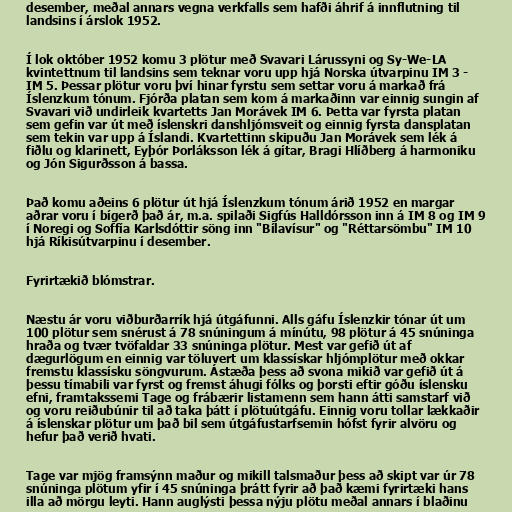
desember, meðal annars vegna verkfalls sem hafði áhrif á innflutning til
landsins í árslok 1952.

Í lok október 1952 komu 3 plötur með Svavari Lárussyni og Sy-We-LA
kvintettnum til landsins sem teknar voru upp hjá Norska útvarpinu IM 3 -
IM 5. Þessar plötur voru því hinar fyrstu sem settar voru á markað frá
Íslenzkum tónum. Fjórða platan sem kom á markaðinn var einnig sungin af
Svavari við undirleik kvartetts Jan Morávek IM 6. Þetta var fyrsta platan
sem gefin var út með íslenskri danshljómsveit og einnig fyrsta dansplatan
sem tekin var upp á Íslandi. Kvartettinn skipuðu Jan Morávek sem lék á
fiðlu og klarinett, Eyþór Þorláksson lék á gítar, Bragi Hlíðberg á harmoniku
og Jón Sigurðsson á bassa.

Það komu aðeins 6 plötur út hjá Íslenzkum tónum árið 1952 en margar
aðrar voru í bígerð það ár, m.a. spilaði Sigfús Halldórsson inn á IM 8 og IM 9
í Noregi og Soffía Karlsdóttir söng inn "Bílavísur" og "Réttarsömbu" IM 10
hjá Ríkisútvarpinu í desember.

Fyrirtækið blómstrar.

Næstu ár voru viðburðarrík hjá útgáfunni. Alls gáfu Íslenzkir tónar út um
100 plötur sem snérust á 78 snúningum á mínútu, 98 plötur á 45 snúninga
hraða og tvær tvöfaldar 33 snúninga plötur. Mest var gefið út af
dægurlögum en einnig var töluvert um klassískar hljómplötur með okkar
fremstu klassísku söngvurum. Ástæða þess að svona mikið var gefið út á
þessu tímabili var fyrst og fremst áhugi fólks og þorsti eftir góðu íslensku
efni, framtakssemi Tage og frábærir listamenn sem hann átti samstarf við
og voru reiðubúnir til að taka þátt í plötuútgáfu. Einnig voru tollar lækkaðir
á íslenskar plötur um það bil sem útgáfustarfsemin hófst fyrir alvöru og
hefur það verið hvati.

Tage var mjög framsýnn maður og mikill talsmaður þess að skipt var úr 78
snúninga plötum yfir í 45 snúninga þrátt fyrir að það kæmi fyrirtæki hans
illa að mörgu leyti. Hann auglýsti þessa nýju plötu meðal annars í blaðinu